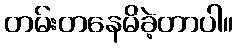
တမ်းတနေမိခဲ့တာပါ။